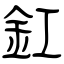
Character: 釭